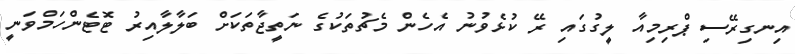
އިނގިރޭސި ޕްރިމިއާ ލީގުގައި ރޭ ކުޅެވުނު އެހެން މެޗުތަކުގެ ނަތީޖާތަކަށް ބަލާލާއިރު ޓޮޓެންހަމްވަނީ